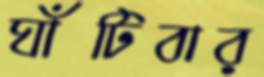
ঘাঁটিবার